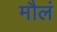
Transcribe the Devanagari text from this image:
मौलं